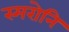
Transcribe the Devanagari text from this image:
स्मरोनि